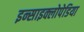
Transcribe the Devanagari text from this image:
इन्साइक्लोपेडिया